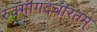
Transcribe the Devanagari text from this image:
रुक्मांगदचरितम्